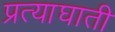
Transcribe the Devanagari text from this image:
प्रत्याघाती